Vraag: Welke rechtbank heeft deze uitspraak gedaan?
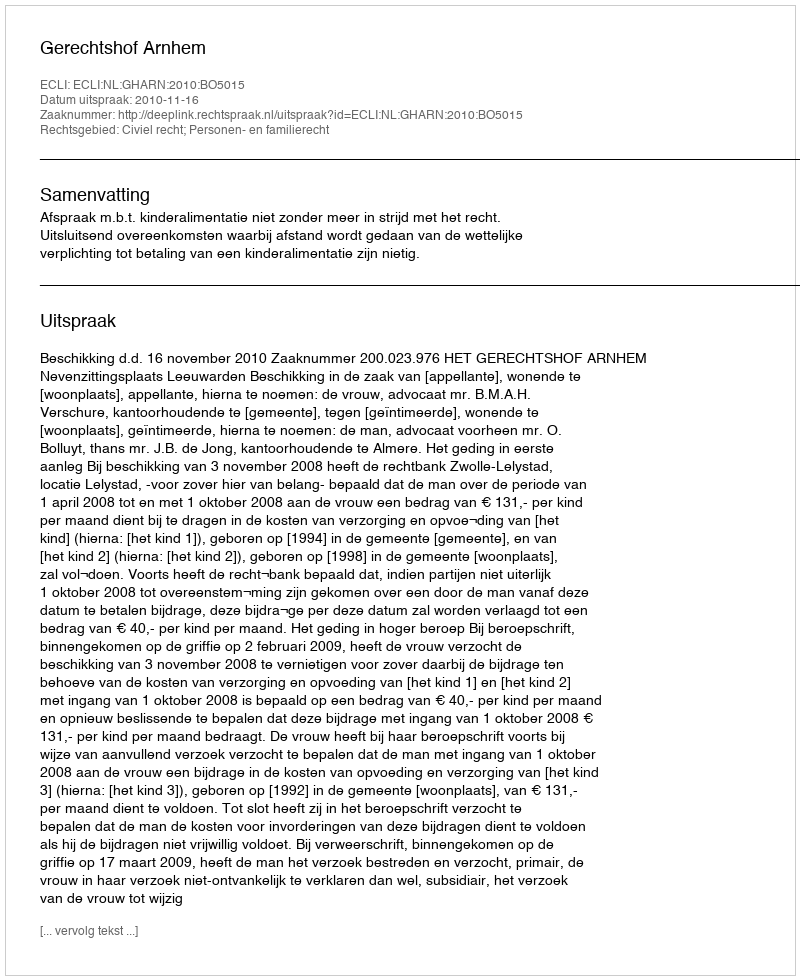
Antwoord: Gerechtshof Arnhem